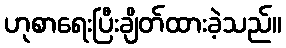
ဟုစာရေးပြီးချိတ်ထားခဲ့သည်။